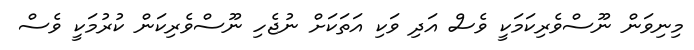
މިނިވަން ނޫސްވެރިކަމަކީ ވެސް އަދި ވަކި އަތަކަށް ނުޖެހި ނޫސްވެރިކަން ކުރުމަކީ ވެސް